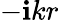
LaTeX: -\mathbf{i}kr